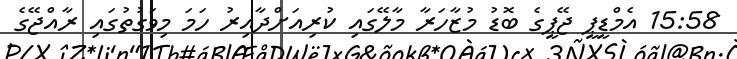
15:58 އެމްޑީޕީ ޖޭޕީގެ ބޮޑު މުޒާހަރާ މާލޭގައި ކުރިއަށްދާއިރު ހަމަ މިވަގުތުގައި ރާއްޖޭގެ